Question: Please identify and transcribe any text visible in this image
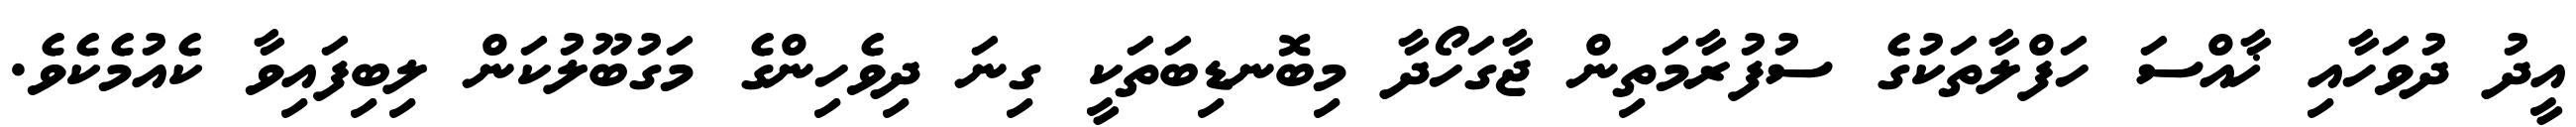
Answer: އީދު ދުވަހާއި ޚާއްސަ ހަފްލާތަކުގެ ސުފުރާމަތިން ޖާގަހޯދާ މިބޮނޑިބަތަކީ ގިނަ ދިވެހިންގެ މަގުބޫލުކަން ލިބިފައިވާ ކެއުމެކެވެ.